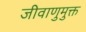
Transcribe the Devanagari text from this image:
जीवाणुमुक्त